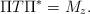
LaTeX: \begin{align*}\Pi T \Pi^* = M_z.\end{align*}